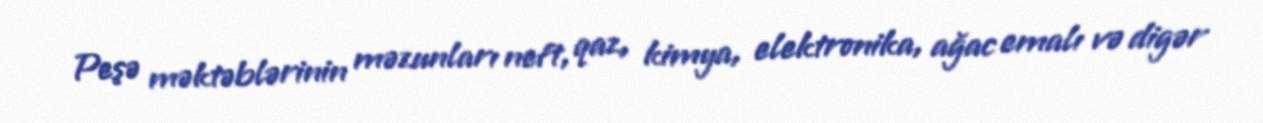
Peşə məktəblərinin məzunları neft, qaz, kimya, elektronika, ağac emalı və digər